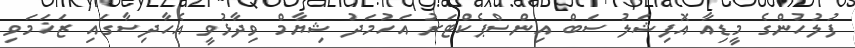
ފުލުހުންގެ މީޑިއާ އޮފިޝަލު ސަބް އިންސްޕެކްޓަރު އަހުމަދު ޝިޔާމް ވިދާޅުވީ އެހާދިސާގައި ޒަޚަމަވި